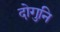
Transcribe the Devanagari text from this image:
दोगुनि